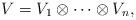
LaTeX: \begin{align*}V = V_{1}\otimes \dots \otimes V_{n},\end{align*}